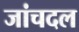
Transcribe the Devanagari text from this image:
जांचदल